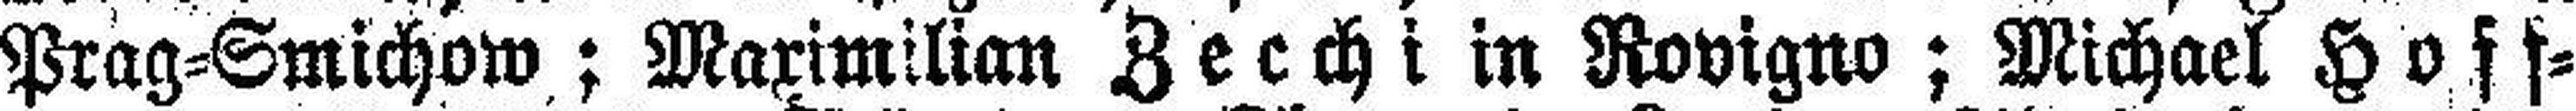
Prag=Smichow; Maximilian Zecchi in Rovigno; Michael Hoff¬